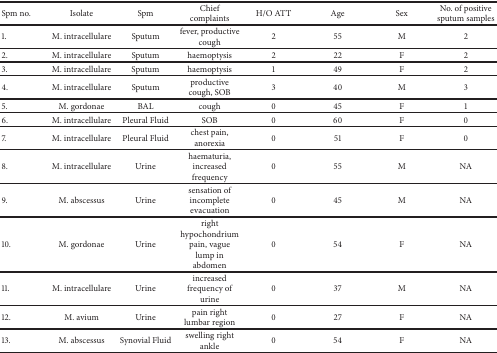
| Spm no. | Isolate | Spm | Chief complaints | H/O ATT | Age | Sex | No. of positive sputum samples |
 | --- | --- | --- | --- | --- | --- | --- | --- |
 | 1. | M. intracellulare | Sputum | fever, productive cough | 2 | 55 | M | 2 |
 | 2. | M. intracellulare | Sputum | haemoptysis | 2 | 22 | F | 2 |
 | 3. | M. intracellulare | Sputum | haemoptysis | 1 | 49 | F | 2 |
 | 4. | M. intracellulare | Sputum | productive cough, SOB | 3 | 40 | M | 3 |
 | 5. | M. gordonae | BAL | cough | 0 | 45 | F | 1 |
 | 6. | M. intracellulare | Pleural Fluid | SOB | 0 | 60 | F | 0 |
 | 7. | M. intracellulare | Pleural Fluid | chest pain, anorexia | 0 | 51 | F | 0 |
 | 8. | M. intracellulare | Urine | haematuria, increased frequency | 0 | 55 | M | NA |
 | 9. | M. abscessus | Urine | sensation of incomplete evacuation | 0 | 45 | M | NA |
 | 10. | M. gordonae | Urine | right hypochondrium pain, vague lump in abdomen | 0 | 54 | F | NA |
 | 11. | M. intracellulare | Urine | increased frequency of urine | 0 | 37 | M | NA |
 | 12. | M. avium | Urine | pain right lumbar region | 0 | 27 | F | NA |
 | 13. | M. abscessus | Synovial Fluid | swelling right ankle | 0 | 54 | F | NA |